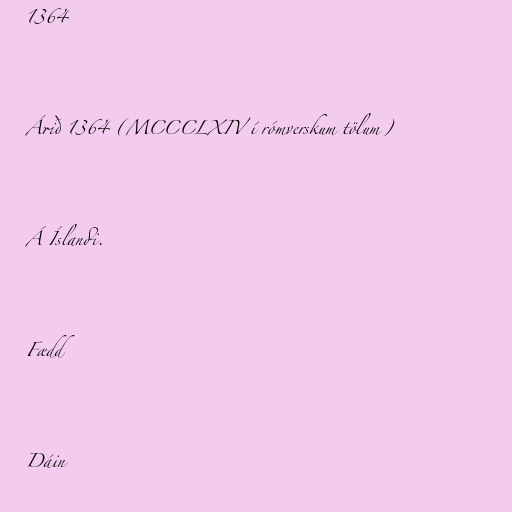
1364

Árið 1364 (MCCCLXIV í rómverskum tölum)

Á Íslandi.

Fædd

Dáin